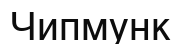
Чипмунк